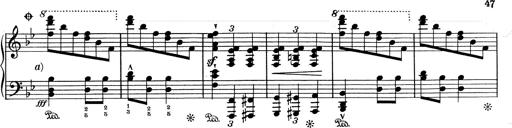
Title: RÃ©miniscences de Don Juan
Composer: Franz Liszt